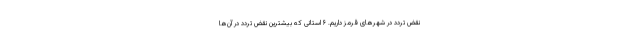
نقض تردد در شهرهای قرمز داریم. ۶ استانی که بیشترین نقض تردد در آن‌ها